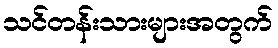
သင်တန်းသားများအတွက်